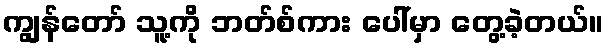
ကျွန်တော် သူ့ကို ဘတ်စ်ကား ပေါ်မှာ တွေ့ခဲ့တယ်။